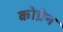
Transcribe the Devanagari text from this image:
कोच्रेन